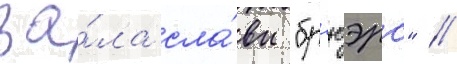
за́ла сла́вы "бр'юэрс" //